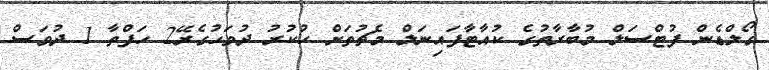
ގޯލްޑެން ފުޓްސަލް މުބާރާތުގެ ކުއާޓާފައިނަލް މެޗުތަށް ހުކުރު ދުވަހުގެރޭ2 ހަފްތާ 1 ދުވަސް